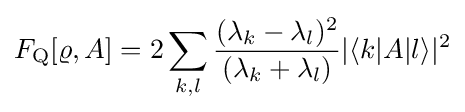
F_{\rm {Q}}[\varrho ,A]=2\sum _{k,l}{\frac {(\lambda _{k}-\lambda _{l})^{2}}{(\lambda _{k}+\lambda _{l})}}\vert \langle k\vert A\vert l\rangle \vert ^{2}